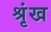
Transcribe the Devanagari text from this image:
श्रृंख